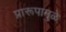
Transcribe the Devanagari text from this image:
प्रारूपामुळे